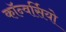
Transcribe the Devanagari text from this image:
कॉन्वर्सियो